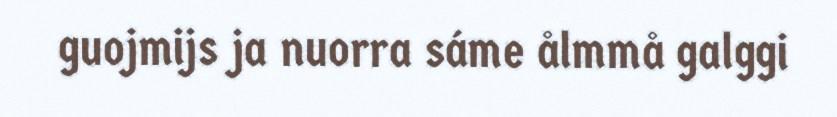
guojmijs ja nuorra sáme ålmmå galggi